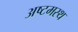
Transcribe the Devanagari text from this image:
अष्टमस्थ